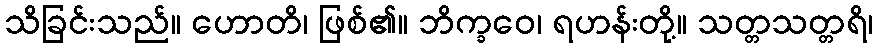
သိခြင်းသည်။ ဟောတိ၊ ဖြစ်၏။ ဘိက္ခဝေ၊ ရဟန်းတို့။ သတ္တသတ္တရိ၊